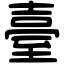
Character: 臺